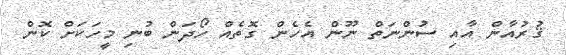
ޤުރުއާން އާއި ސުންނަތް ނޫން އެހެން ގޮތެއް ހޯދަން ބުނި މީހަކަށް ކޮން